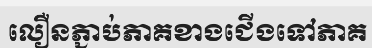
លឿនភ្ជាប់ភាគខាងជើងទៅភាគ